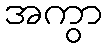
အကွာ